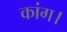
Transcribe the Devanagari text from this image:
कांग।